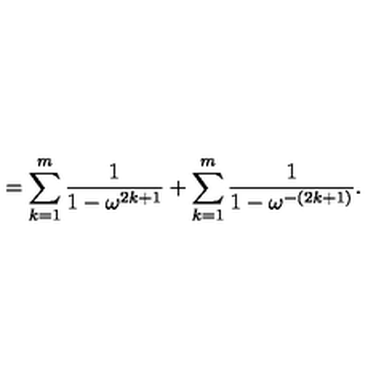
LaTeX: = \sum _ { k = 1 } ^ { m } \frac { 1 } { 1 - \omega ^ { 2 k + 1 } } + \sum _ { k = 1 } ^ { m } \frac { 1 } { 1 - \omega ^ { - ( 2 k + 1 ) } } .